Proceedings of the meeting of veterinary officers in India
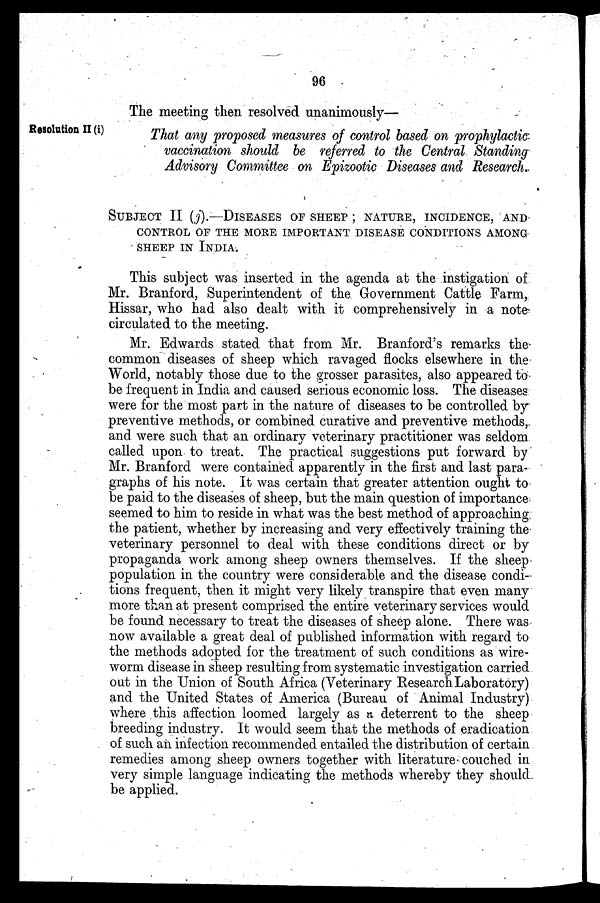
96
The meeting then resolved unanimously—
Resolution II (i)
That any proposed measures of control based on prophylactic
vaccination should be referred to the Central Standing
Advisory Committee on Epizootic Diseases and Research.
SUBJECT II (j).-DISEASES OF SHEEP; NATURE, INCIDENCE, AND
CONTROL OF THE MORE IMPORTANT DISEASE CONDITIONS AMONG
SHEEP IN INDIA.
This subject was inserted in the agenda at the instigation of
Mr. Branford, Superintendent of the Government Cattle Farm,
Hissar, who had also dealt with it comprehensively in a note-
circulated to the meeting.
Mr. Edwards stated that from Mr. Branford's remarks the
common diseases of sheep which ravaged flocks elsewhere in the
World, notably those due to the grosser parasites, also appeared to
be frequent in India and caused serious economic loss. The diseases
were for the most part in the nature of diseases to be controlled by
preventive methods, or combined curative and preventive methods,
and were such that an ordinary veterinary practitioner was seldom
called upon to treat. The practical suggestions put forward by
Mr. Branford were contained apparently in the first and last para-
graphs of his note. It was certain that greater attention ought to
be paid to the diseases of sheep, but the main question of importance
seemed to him to reside in what was the best method of approaching,
the patient, whether by increasing and very effectively training the
veterinary personnel to deal with these conditions direct or by
propaganda work among sheep owners themselves. If the sheep
population in the country were considerable and the disease condi-
tions frequent, then it might very likely transpire that even many
more than at present comprised the entire veterinary services would
be found necessary to treat the diseases of sheep alone. There was
now available a great deal of published information with regard to
the methods adopted for the treatment of such conditions as wire-
worm disease in sheep resulting from systematic investigation carried
out in the Union of South Africa (Veterinary Research Laboratory)
and the United States of America (Bureau of Animal Industry)
where this affection loomed largely as a deterrent to the sheep
breeding industry. It would seem that the methods of eradication
of such an infection recommended entailed the distribution of certain
remedies among sheep owners together with literature couched in
very simple language indicating the methods whereby they should.
be applied.